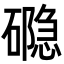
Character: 𮁉